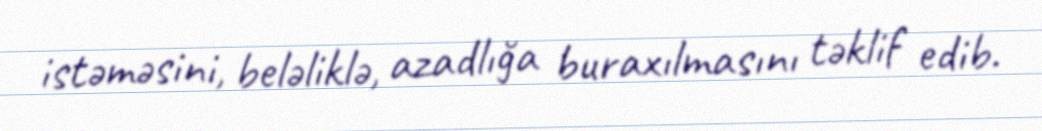
istəməsini, beləliklə, azadlığa buraxılmasını təklif edib.